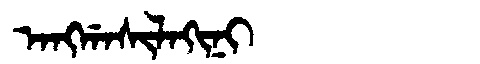
Manchu: ᠠᠩᡤᠠᠰᡳᠯᠠᡴᡳᠨᡳ
Romanization: ANGGASILAKINI